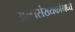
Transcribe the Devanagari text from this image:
अल्पसंख्यकांमध्ये